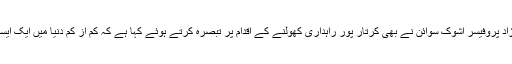
سوئٹزرلینڈ کی ایک یونیورسٹی کے شعبہ بین الاقوامی تعلقات کے سربراہ بھارتی نژاد پروفیسر اشوک سوائن نے بھی کرتار پور راہداری کھولنے کے اقدام پر تبصرہ کرتے ہوئے کہا ہے کہ کم از کم دنیا میں ایک ایسا ملک ضرور ہے جو اپنے بانی کے فرمودات پر عمل کرنے کی کوشش کررہاہے۔